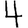
Digit: 4